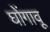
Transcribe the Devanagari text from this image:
घोंगावू